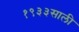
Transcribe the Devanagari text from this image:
१९३३साली